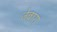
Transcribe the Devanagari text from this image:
जेबारा